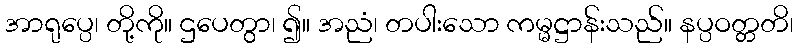
အာရုပ္ပေ၊ တို့ကို။ ဌပေတွာ၊ ၍။ အညံ၊ တပါးသော ကမ္မဋ္ဌာန်းသည်။ နပ္ပဝတ္တတိ၊